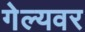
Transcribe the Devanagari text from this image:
गेल्यवर